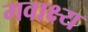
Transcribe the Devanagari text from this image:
गवाक्ष्य